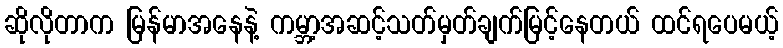
ဆိုလိုတာက မြန်မာအနေနဲ့ ကမ္ဘာ့အဆင့်သတ်မှတ်ချက်မြင့်နေတယ် ထင်ရပေမယ့်